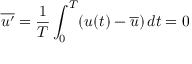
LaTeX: { \overline { { u ^ { \prime } } } } = { \frac { 1 } { T } } \int _ { 0 } ^ { T } ( u ( t ) - { \overline { { u } } } ) \, d t = 0